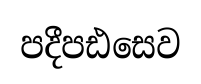
පදීපඪසෙව